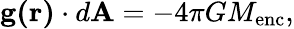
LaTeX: \mathbf{g(r)}\cdot d\mathbf{A}=-4\pi GM_{\mathrm{enc}},